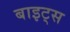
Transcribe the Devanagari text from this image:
बाइट्‌स